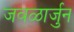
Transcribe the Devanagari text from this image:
जवळार्जुन